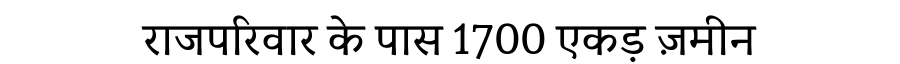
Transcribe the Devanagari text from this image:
राजपरिवार के पास 1700 एकड़ ज़मीन